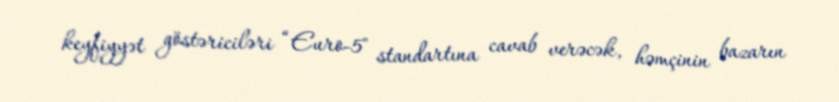
keyfiyyət göstəriciləri “Euro-5" standartına cavab verəcək, həmçinin bazarın